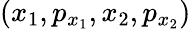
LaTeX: (x_{1},p_{x_{1}},x_{2},p_{x_{2}})